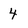
Character: 4